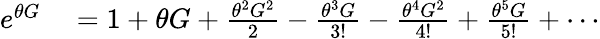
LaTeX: \begin{array}{rl}{e^{\theta G}}&{{}=1+\theta G+\frac{\theta^{2}G^{2}}{2}-\frac{\theta^{3}G}{3!}-\frac{\theta^{4}G^{2}}{4!}+\frac{\theta^{5}G}{5!}+\cdots}\end{array}